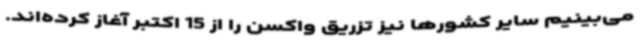
می‌بینیم سایر کشورها نیز تزریق واکسن را از 15 اکتبر آغاز کرده‌اند.